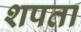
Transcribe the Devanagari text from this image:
शपता